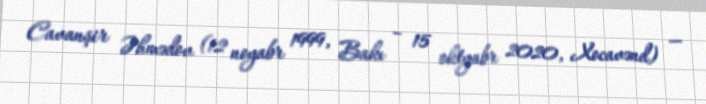
Cavanşir Əhmədov (12 noyabr 1999, Bakı – 15 oktyabr 2020, Xocavənd) —